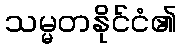
သမ္မတနိုင်ငံ၏